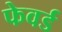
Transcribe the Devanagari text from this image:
फेवर्ड